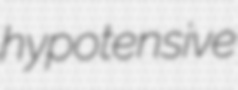
hypotensive